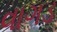
વાગડ